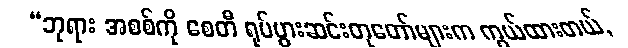
“ဘုရား အစစ်ကို စေတီ ရုပ်ပွားဆင်းတုတော်များက ကွယ်ထားတယ်,